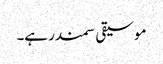
موسیقی سمندر ہے۔